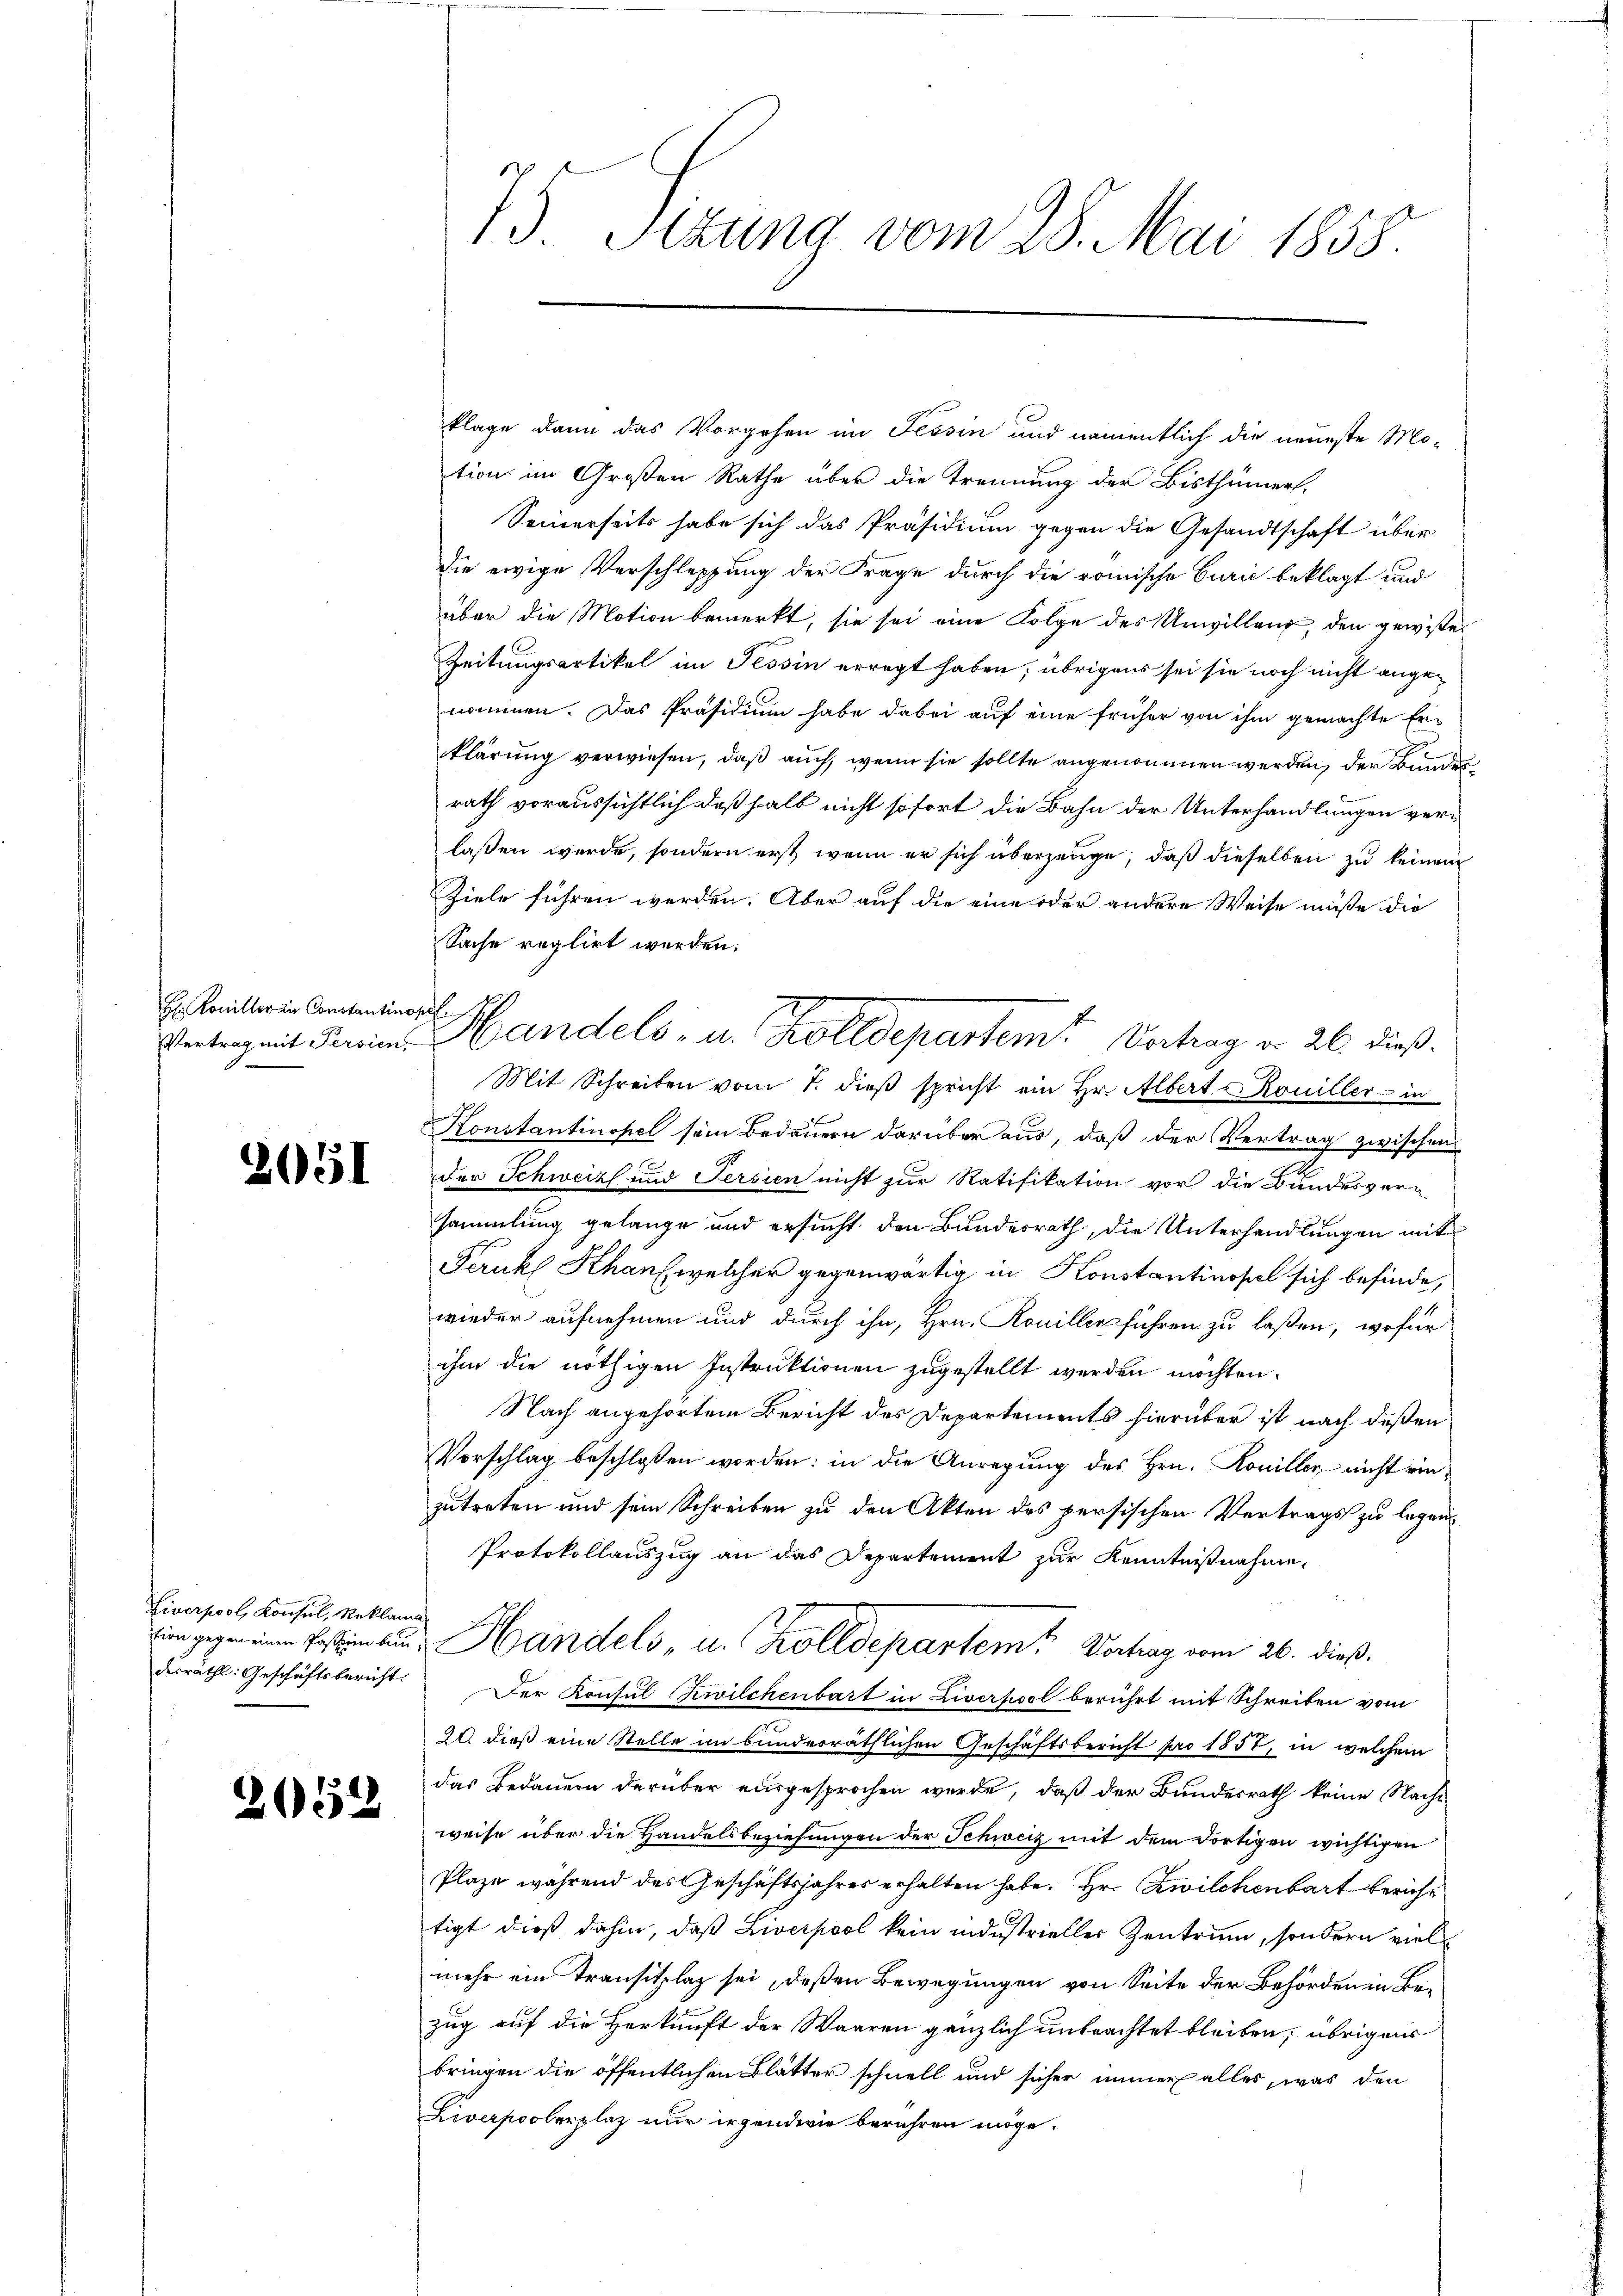
H. Koniller in Constantin

2051

Liverpool, Konsul, Reklama
derräthl. Geschäftsbericht.

2052

75 Sitzung vom 28. Mai 1858.

klage dann das Vorgehen im Tessin und namentlich die neueste Mo-
tion im Großen Rathe über die Trennung der Bisthümers,
Seinerseits habe sich das Präsidium gegen die Gesandtschaft über
die ewige Verschleppung der Frage durch die römische Curić beklagt und
über die Motion bemerkt, sie sei eine Folge des Unwilleng, den gewisen
Zeitungsartikel im Tessin erregt haben; übrigens sei sie noch nicht angenommen. Das Präsidium habe dabei auf eine früher von ihm gemachte Er-
klärung verwiesen, daß auch wenn sie sollte angenommen werden, der Bundes
rath voraussichtlich deßhalb nicht sofort die Bahn der Unterhandlungen verlaßen werde, sondern erst, wenn er sich überzeuge, daß dieselben zu keinem
Ziele führen werden. Aber auf die eine oder andere Weise müße die
Sache reglirt werden.
Mit Schreiben vom 1. dieß spricht ein Hr. Albert u Kouiller in
h
Konstantinopel sein Bedauern darüber aus, daß der Vertrag zwischen
der Schweiz und Persien nicht zur Ratifikation vor die Bundesver-
sammlung gelange und ersucht den Bundesrath, die Unterhandlungen mit
Frick Khauf welcher gegenwärtig in Konstantinopel sich befinde,
wieder aufnehmen und durch ihn, Hrn. Konillen führen zu laßen, wofür
ihm die nöthigen Instruktionen zugestellt werden möchten.
Nach angehörtem Bericht des Departements hierüber ist nach deßen
Vorschlag beschlossen worden: in die Anregung des Hrn. Koniller nicht einzutreten und sein Schreiben zu den Akten des persischen Vertrags zu legen
Protokollauszug an das Departement zur Kenntnißnahme,
in gegen einen Posten an Handels- u. holldepartem Vortrag vom 26. dieß.
Der Konsul Civilchenbart in Liverpool berührt mit Schreiben vom
20. dieß eine Stelle im bundesräthlichen Geschäftsbericht pro 1851, in welchem
das Bedauern darüber ausgesprochen werde, daß der Bundesrath keine Nache
weise über die Handelsbeziehungen der Schweiz mit dem dortigen wichtigen
Plaze während des Geschäftsjahres erhalten habe. Hr. Zwilchenbart berichtigt dieß dahin, daß Liverpool kein industrieller Zentrum, sondern viel
mehr ein Transitzlag sei, deßen Bewegungen von Seite der Behörden in Be-
zug auf die Herkunft der Waaren gänzlich unbrachtet bleiben, übrigens
bringen die öffentlichen Blätter schnell und sicher immer alles, was den
Liverpoolerplaz nur irgendwie berühren möge.

off. 17
Vertrag mit denien. Handels, u. alldepartem Vertrag d. 26. dieß.